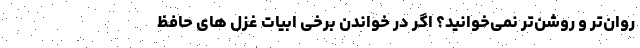
روان‌تر و روشن‌تر نمی‌خوانید؟ اگر در خواندن برخی ابیات غزل های حافظ